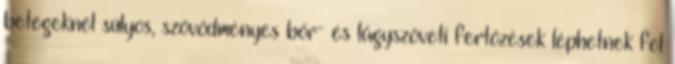
betegeknél súlyos, szövődményes bőr- és lágyszöveti fertőzések léphetnek fel